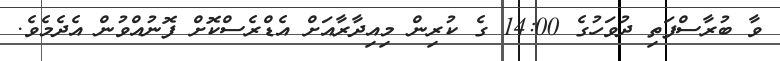
ވާ ބުރާސްފަތި ދުވަހުގެ 14:00 ގެ ކުރިން މިއިދާރާއަށް އެޑްރެސްކޮށް ފޮނުއްވުން އެދެމެވެ.